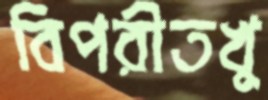
বিপরীতখু